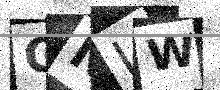
Text: GNLW